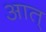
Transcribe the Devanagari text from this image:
आत्